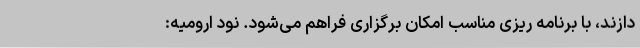
دازند، با برنامه ریزی مناسب امکان برگزاری فراهم می‌شود. نود ارومیه: